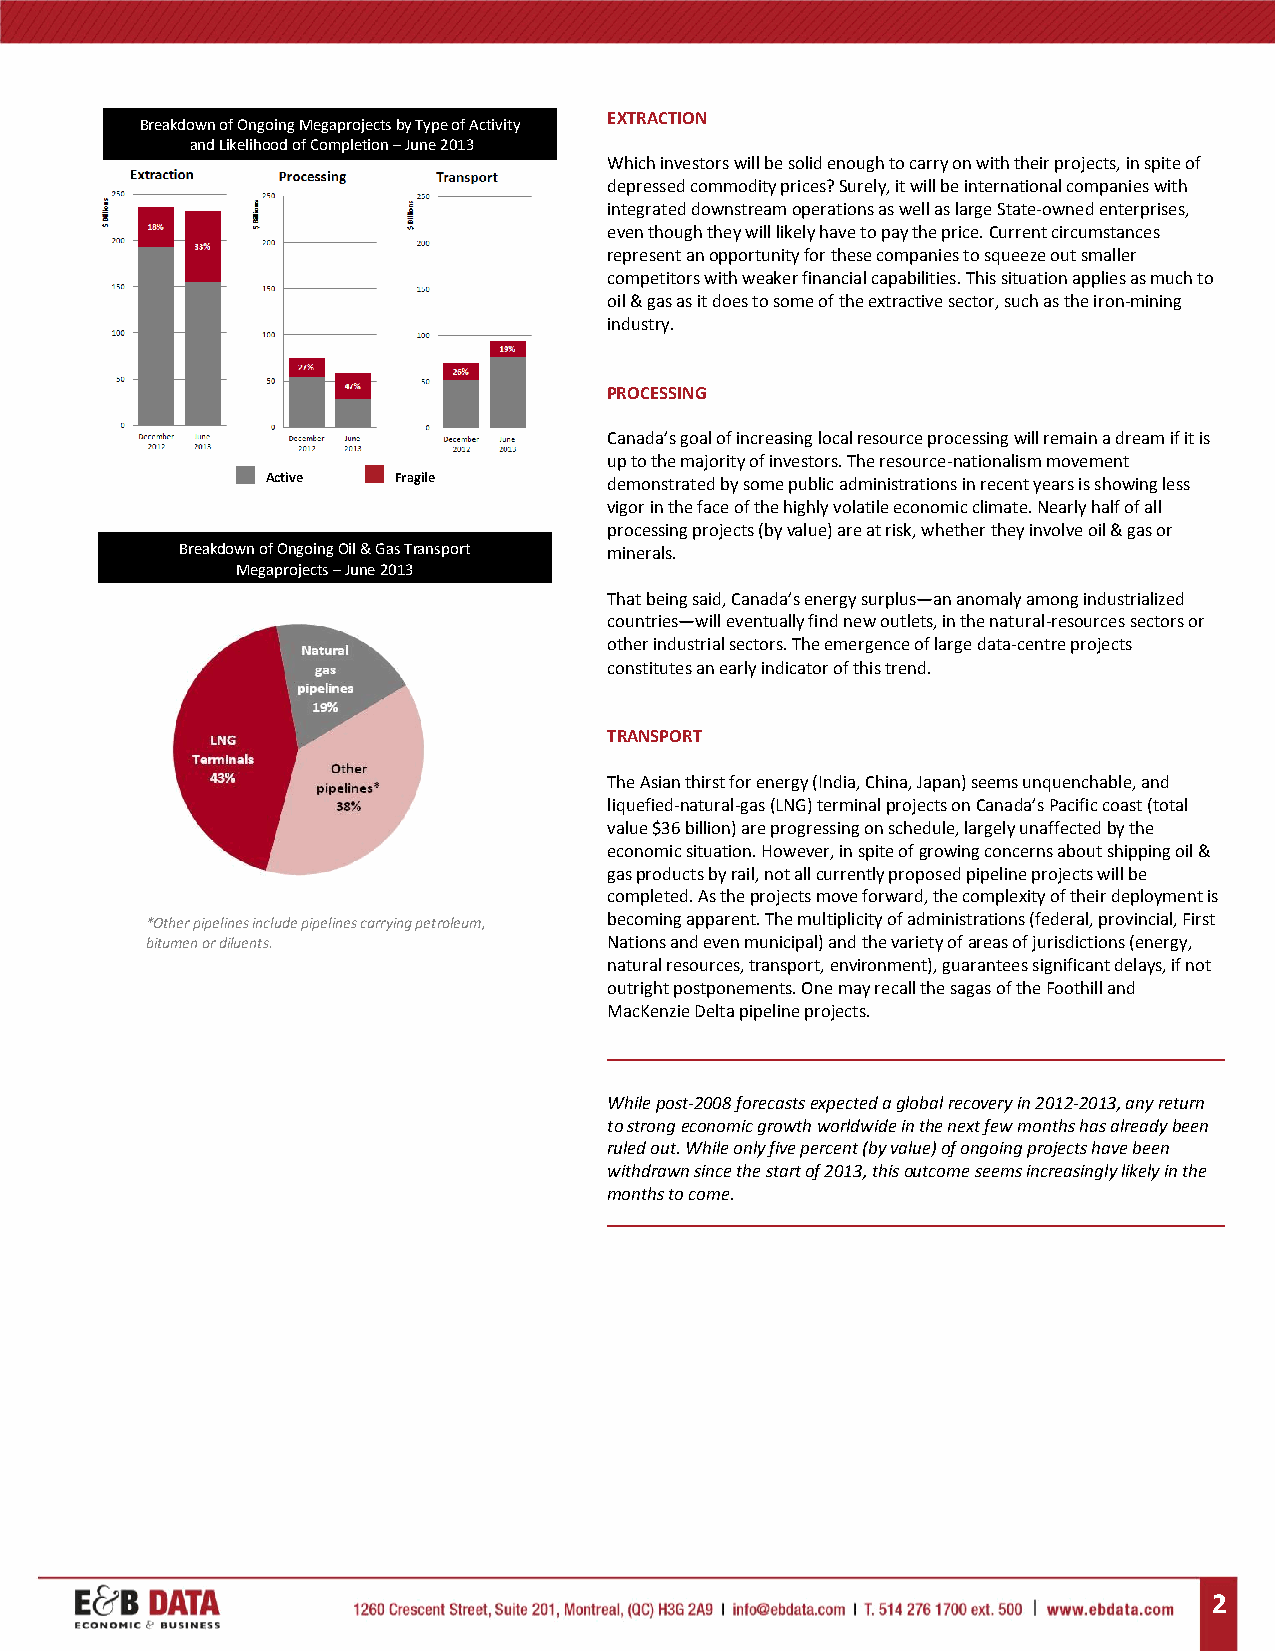
EXTRACTION
 Breakdown of Ongoing Megaprojects by Type of Activity
 and Likelihood of Completion – June 2013
 Which investors will be solid enough to carry on with their projects, in spite of
 depressed commodity prices? Surely, it will be international companies with
 integrated downstream operations as well as large State-owned enterprises,
 even though they will likely have to pay the price. Current circumstances
 represent an opportunity for these companies to squeeze out smaller
 competitors with weaker financial capabilities. This situation applies as much to
 oil & gas as it does to some of the extractive sector, such as the iron-mining
 industry.
 PROCESSING
 Canada’s goal of increasing local resource processing will remain a dream if it is
 up to the majority of investors. The resource-nationalism movement
 Active  Fragile       demonstrated by some public administrations in recent years is showing less
 vigor in the face of the highly volatile economic climate. Nearly half of all
 processing projects (by value) are at risk, whether they involve oil & gas or
 Breakdown of Ongoing Oil & Gas Transport minerals.
 Megaprojects – June 2013
 That being said, Canada’s energy surplus—an anomaly among industrialized
 countries—will eventually find new outlets, in the natural-resources sectors or
 other industrial sectors. The emergence of large data-centre projects
 constitutes an early indicator of this trend.
 TRANSPORT
 The Asian thirst for energy (India, China, Japan) seems unquenchable, and
 liquefied-natural-gas (LNG) terminal projects on Canada’s Pacific coast (total
 value $36 billion) are progressing on schedule, largely unaffected by the
 economic situation. However, in spite of growing concerns about shipping oil &
 gas products by rail, not all currently proposed pipeline projects will be
 completed. As the projects move forward, the complexity of their deployment is
 *Other pipelines include pipelines carrying petroleum, becoming apparent. The multiplicity of administrations (federal, provincial, First
 bitumen or diluents.          Nations and even municipal) and the variety of areas of jurisdictions (energy,
 natural resources, transport, environment), guarantees significant delays, if not
 outright postponements. One may recall the sagas of the Foothill and
 MacKenzie Delta pipeline projects.
 While post-2008 forecasts expected a global recovery in 2012-2013, any return
 to strong economic growth worldwide in the next few months has already been
 ruled out. While only five percent (by value) of ongoing projects have been
 withdrawn since the start of 2013, this outcome seems increasingly likely in the
 months to come.
 2